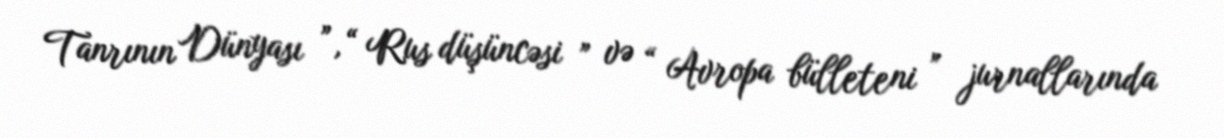
Tanrının Dünyası ”, “ Rus düşüncəsi ” və “ Avropa bülleteni ” jurnallarında